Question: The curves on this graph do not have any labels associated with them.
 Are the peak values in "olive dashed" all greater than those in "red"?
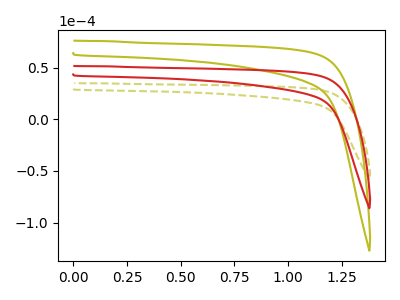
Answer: <think>The olive dashed curve "olive dashed" has no peaks. The olive curve "olive" has no peaks. The red curve "red" has no peaks.</think>
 <answer>Niether CV has any peaks.</answer>
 <eval>blanks</eval>